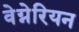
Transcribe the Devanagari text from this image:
वेग्नेरियन